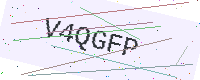
Text: V4QGFP